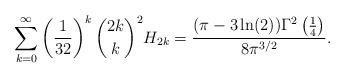
LaTeX: \begin{align*} \sum _{k=0}^{\infty} \left(\frac{1}{32}\right)^k \binom{2 k}{k}^2 H_{2 k} = \frac{(\pi -3 \ln (2)) \Gamma^2 \left(\frac{1}{4}\right)}{8 \pi ^{3/2}}. \end{align*}